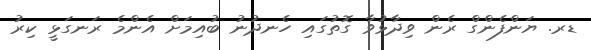
ޑރ. ޔަންފެންގް ރެން ވިދާޅުވާ ގޮތުގައި ހެނދުނު ބުއިމަށް އެންމެ ރަނގަޅީ ކިރު